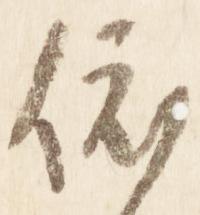
依